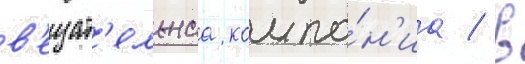
в'ещат'ельнаа компа́н'иа / в